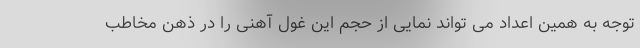
توجه به همین اعداد می تواند نمایی از حجم این غول آهنی را در ذهن مخاطب